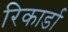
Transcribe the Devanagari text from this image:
रिकार्डा